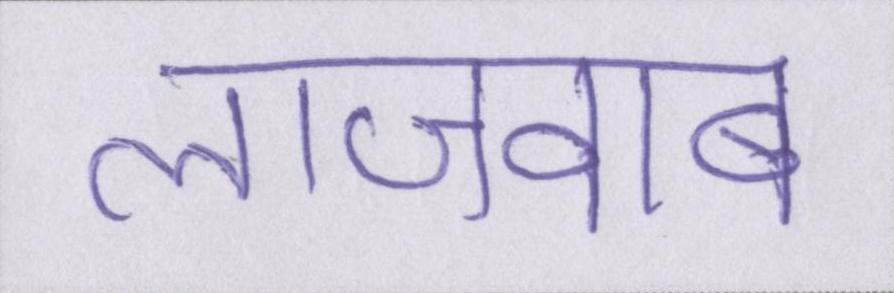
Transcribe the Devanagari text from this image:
लाजवाब